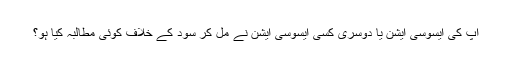
آپ کی ایسوسی ایشن یا دوسری کسی ایسوسی ایشن نے مل کر سود کے خلاف کوئی مطالبہ کیا ہو؟